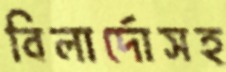
বিলার্দোসহ